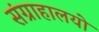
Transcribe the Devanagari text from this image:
संग्राहालयो